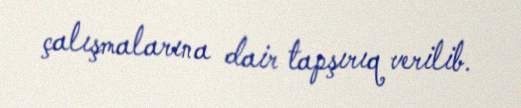
çalışmalarına dair tapşırıq verilib.